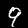
Digit: 9